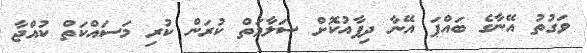
ވަގުތު އޭނާގެ ބައްޕަ އޭނާ ދިފާއުކޮށް ސަލާމަތް ކުރަން ކުރި މަސައްކަތް ކުއްޖާ